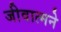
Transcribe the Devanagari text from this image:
जीवात्मने